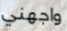
واجهني